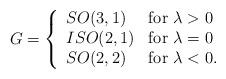
LaTeX: \begin{align*}G=\left\{ \begin{array}{ll}SO(3,1) & \mbox{for $\lambda >0$}\\ISO(2,1) & \mbox{for $\lambda=0$}\\SO(2,2) & \mbox{for $\lambda <0.$}\end{array}\right.\end{align*}